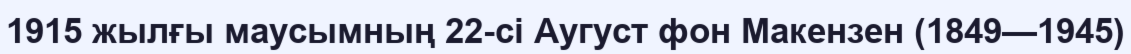
1915 жылғы маусымның 22-сі Аугуст фон Макензен (1849—1945)